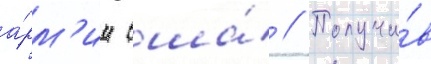
а́рм'ии сша́ // Получи́в